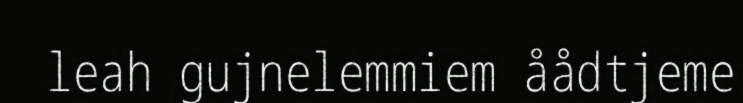
leah gujnelemmiem åådtjeme